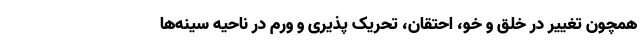
همچون تغییر در خلق و خو، احتقان، تحریک پذیری و ورم در ناحیه سینه‌ها